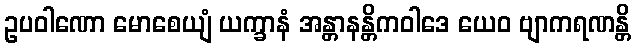
ဥပဝါဏော မောစေယျံ ယက္ခာနံ အန္တာနန္တိကဝါဒေ ယေဝ ဗျာကရဏန္တိ